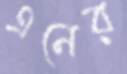
এনের